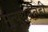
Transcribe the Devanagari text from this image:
मृत्यूपर्यंतही